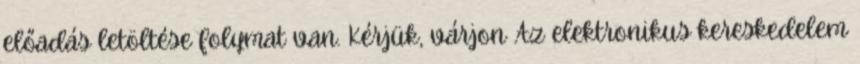
előadás letöltése folymat van. Kérjük, várjon Az elektronikus kereskedelem